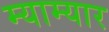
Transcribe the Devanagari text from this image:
म्याम्यार